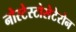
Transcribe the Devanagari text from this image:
नोरटेस्टोसेटेरोन